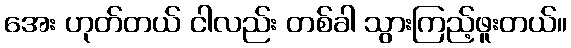
အေး ဟုတ်တယ် ငါလည်း တစ်ခါ သွားကြည့်ဖူးတယ်။